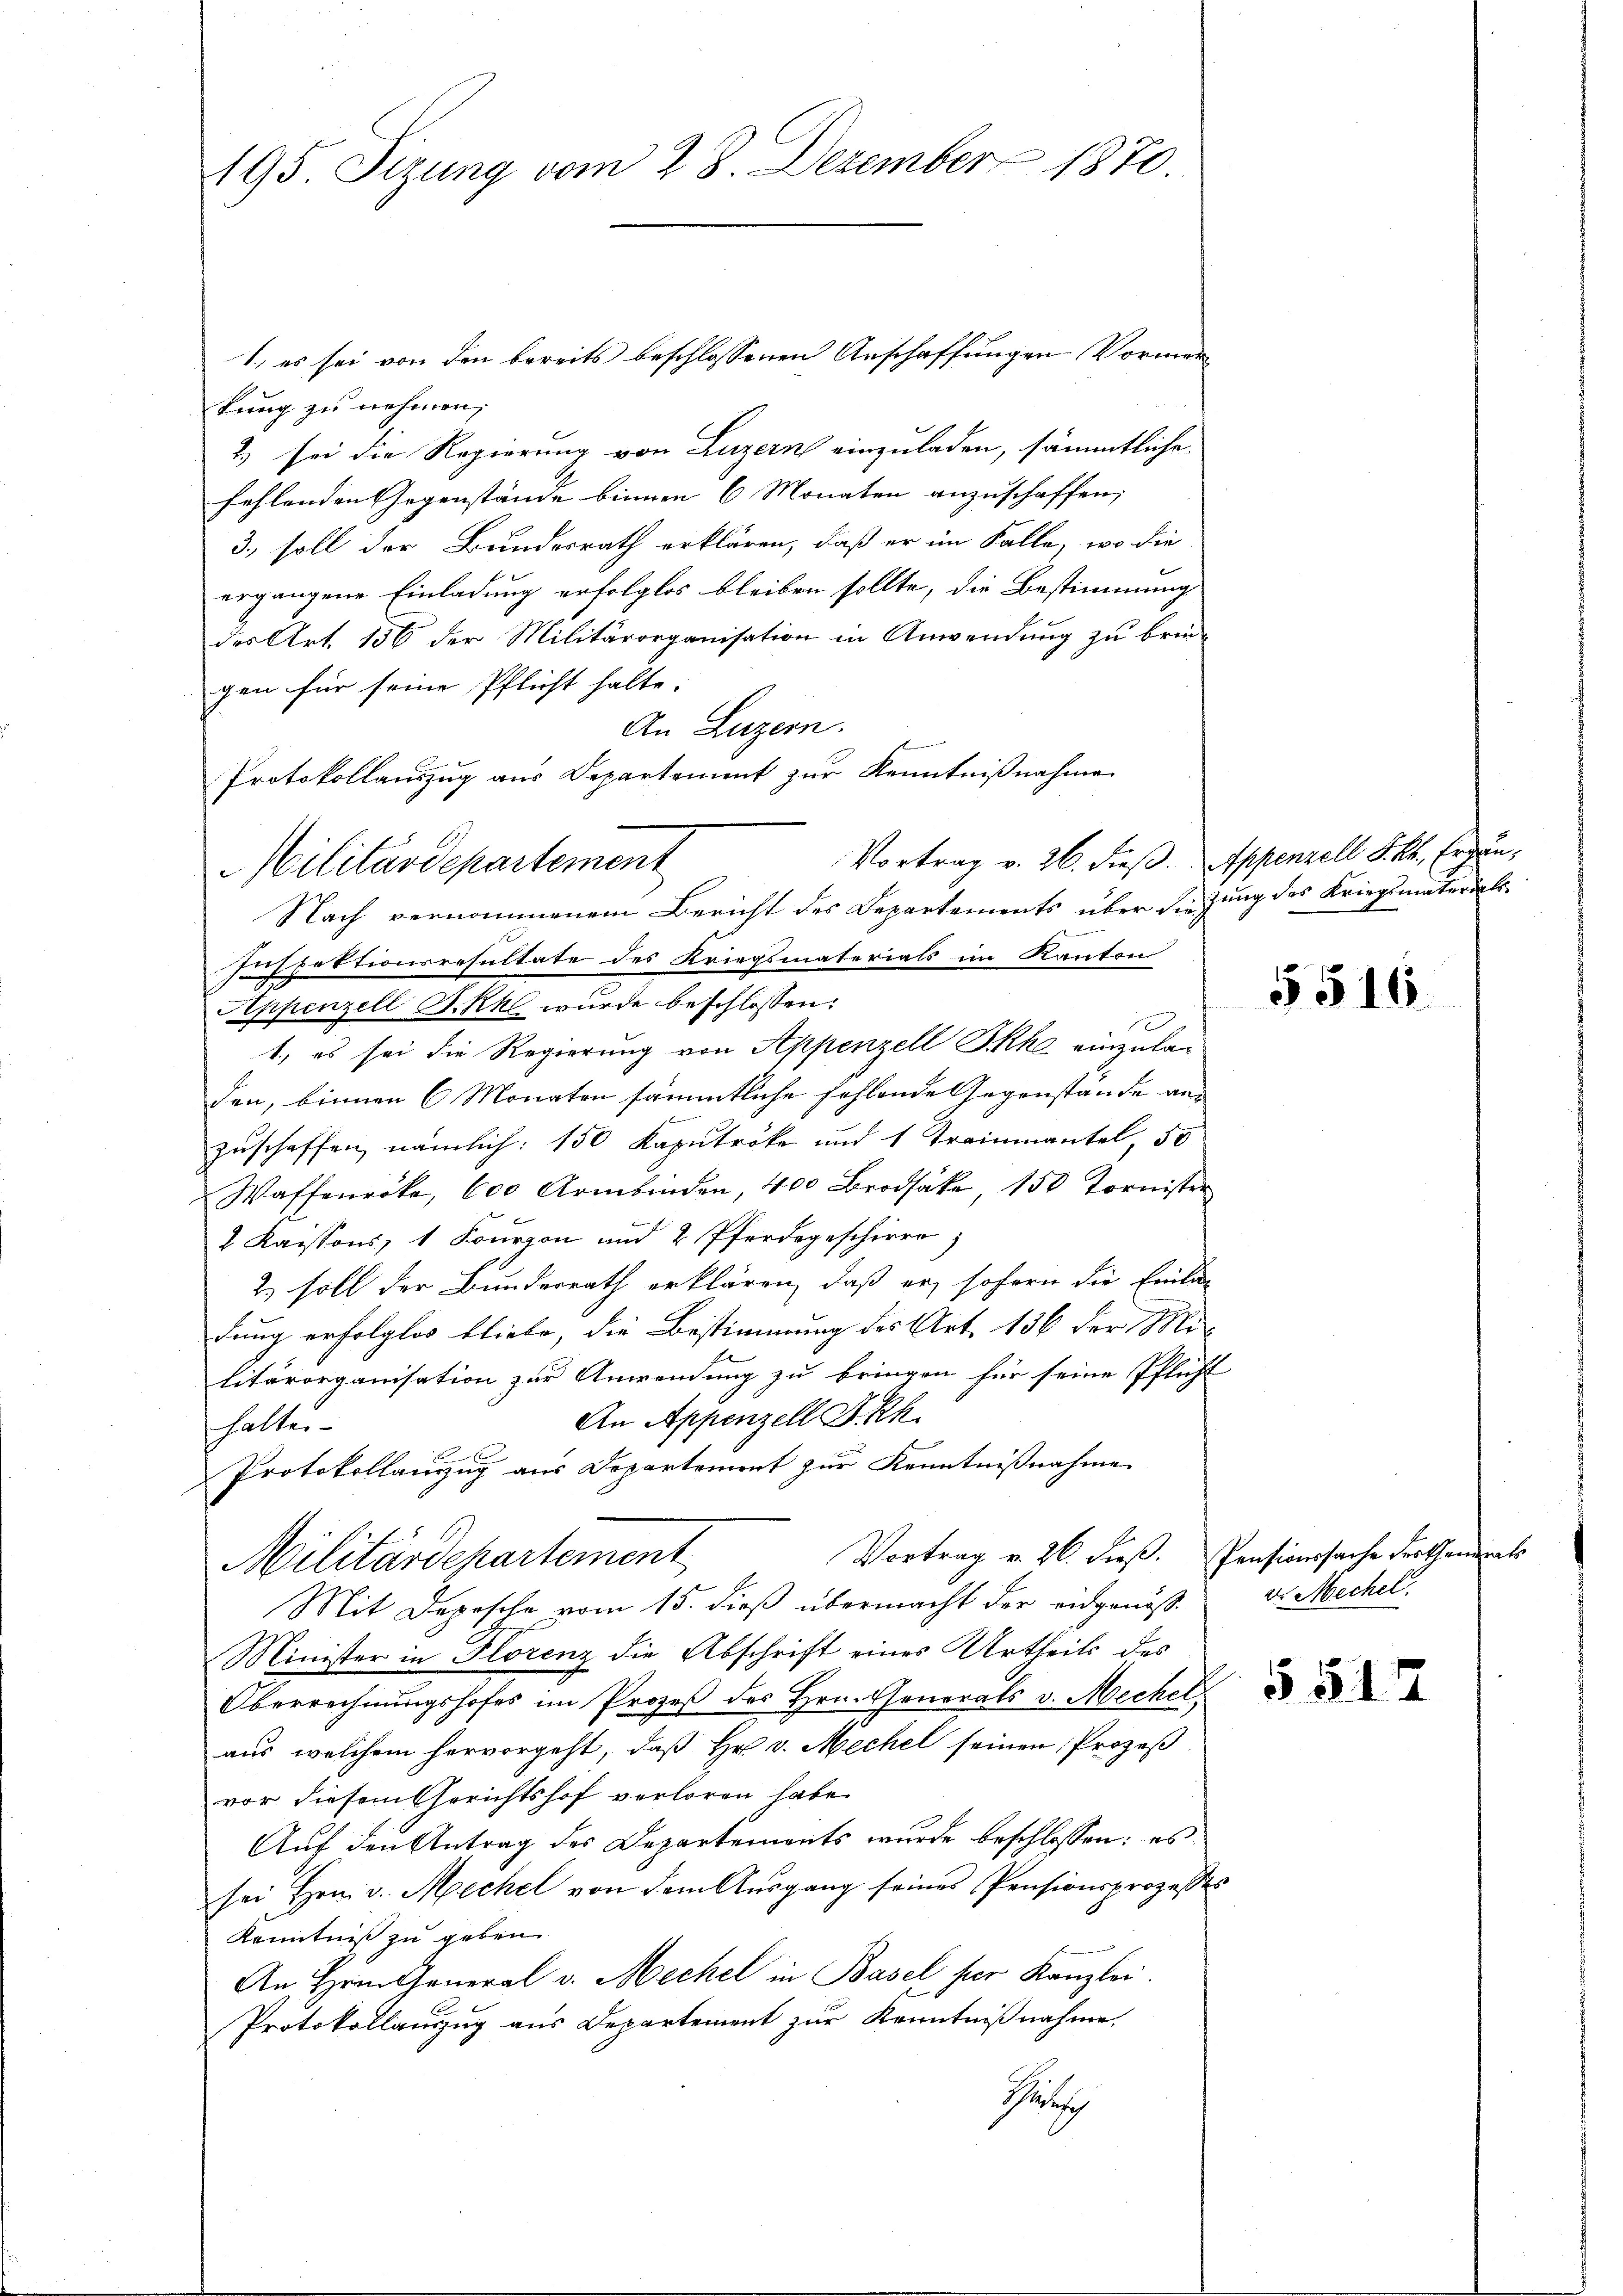
195. Sizung vom 28. Dezember 1870.

1.) es sei von den bereits beschlossenen Anschaffungen Vormer
kung zu nehmen,
2) sei die Regierung von Luzern einzuladen, sämmtliche
fehlenden Gegenstände binnen 6 Monaten anzuschaffen;
3., soll der Bundesrath erklären, daß er im Falle, wo die
ergangene Einladung erfolglos bleiben sollte, die Bestimmung
des Art. 156 der Militärorganisation in Anwendung zu brüde
gen für seine Pflicht halte.
An Luzern.
f
Protokollauszug aus Departement zur Kenntnißnahme
Vortrag v. 26. dieß. Appenzell S. kk. Ergän¬
Inspektionsresultate des Kriegsmaterials im Kanton
Appenzell A.Rk wurde beschlossen:
f
1., es sei die Regierung von Appenzell Skhe einzuladen, binnen 6 Monaten sämmtliche fehlende Gegenstände an
zuschaffen, nämlich: 150 Kaputröcke und 1 Trainmantel, 50
Waffenröke, 600 Armbinden, 400 Brodsäke, 150 Tornister
2 Kaissons, 1 Fourron und 2 Pferdegeschiere;
2.) soll der Bundesrath erklären, daß er, sofern die Einla
dung erfolglos bliebe, die Bestimmung des Art. 156 der Militärorganisation zur Anwendung zu bringen für seine Pflicht
An Appenzell A.Rh.
halten
2
Protokollanzug aus Departement zur Kenntnißnahme
Vortrag v. 26. dieß. Pensionssache Fortheirats
Militärdepartement
Mit Depesche vom 15. dieß übermacht der eidgenöß¬
Minister in Florenz die Abschrift eines Urtheils des
Oberrechnungshofes im Prozeß des Hrn. Generals v. Mechel
aus, welchem hervorgeht, daß Hr. v. Mechel seinen Prozeß-
vor diesem Gerichtshof verloren habe.
Auf den Antrag des Departements wurde beschlossen: es
sei Hrn. v. Mechel von dem Aŭsgang seines Pensionsprozesses
Kenntniß zu geben.
An Hrn. General v. Mechel in Basel per Kanzlei.
Protokollauszug aus Departement zur Kenntnißnahme.
Gesch

Militärdepartement
Nach vernommenem Bericht des Departements über die zung des Kriegsmaterials

t

5516.

d. Mechel.

§ 51